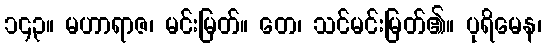
၁၄၃။ မဟာရာဇ၊ မင်းမြတ်။ တေ၊ သင်မင်းမြတ်၏။ ပုရိမေန၊